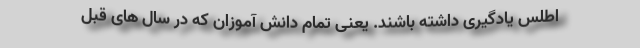
اطلس یادگیری داشته باشند. یعنی تمام دانش آموزان که در سال های قبل